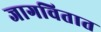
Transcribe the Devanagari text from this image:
जागवितात